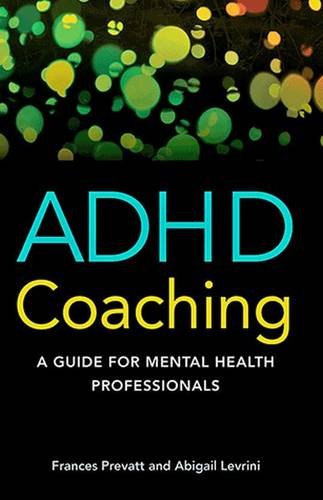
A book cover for ADHD Coaching: A Guide for Mental Health Professionals; Frances Prevatt; Health, Fitness & Dieting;